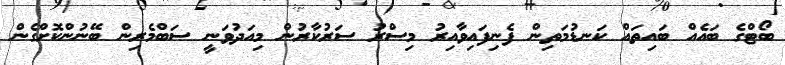
ބޯޓްގެ ބައެއް ބައިތައް ކަނޑުމަތިން ފެނިފައިވާއިރު މިސްރު ސަރުކާރުން މިއަދުވަނީ ސަބްމެރިން ބޭނުންކޮށްގެން